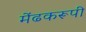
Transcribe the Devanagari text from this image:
मेंढकरूपी